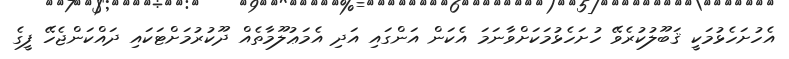
އެހުށަހެޅުމަކީ ޤަބޫލުކުރެވޭ ހުށަހެޅުމަކަށްވާނަމަ އެކަން އަންގައި އަދި އެމަޢުލޫމާތެއް ދޫކުރުމަށްޓަކައި ދައްކަންޖެހޭ ފީގެ